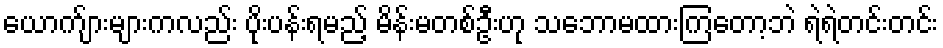
ယောက်ျားများကလည်း ပိုးပန်းရမည့် မိန်းမတစ်ဦးဟု သဘောမထားကြတော့ဘဲ ရဲရဲတင်းတင်း